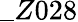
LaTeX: \_ Z028